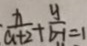
\frac { x } { a + 2 } + \frac { y } { b - 1 } = 1